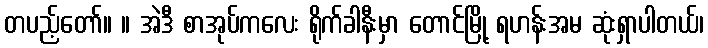
တပည့်တော်။ ။ အဲဒီ စာအုပ်ကလေး ရိုက်ခါနီးမှာ တောင်မြို့ ရဟန်းအမ ဆုံးရှာပါတယ်၊